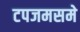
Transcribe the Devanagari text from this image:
टपजमसमे